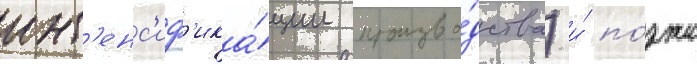
инт'енс'иф'ика́ции произво́дства) и́ по́зже